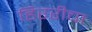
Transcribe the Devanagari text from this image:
हिररीचा